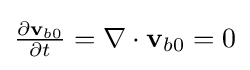
{\textstyle {\frac {\partial \mathbf {v} _{b0}}{\partial t}}=\nabla \cdot \mathbf {v} _{b0}=0}